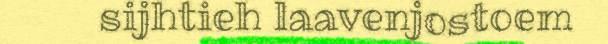
sijhtieh laavenjostoem